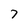
Character: 7